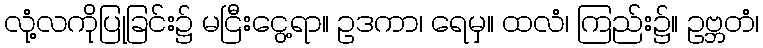
လုံ့လကိုပြုခြင်း၌ မငြီးငွေ့ရာ။ ဥဒကာ၊ ရေမှ။ ထလံ၊ ကြည်း၌။ ဥဗ္ဘတံ၊